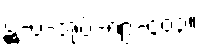
ဋ္ဌ-ပ-အုပ်-၈၉-၄၀၃။